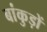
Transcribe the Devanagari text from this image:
बांकुड़ों